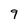
Character: 9